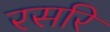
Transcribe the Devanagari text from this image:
रसरि